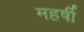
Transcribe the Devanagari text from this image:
महर्षी